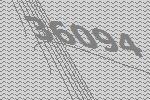
36094